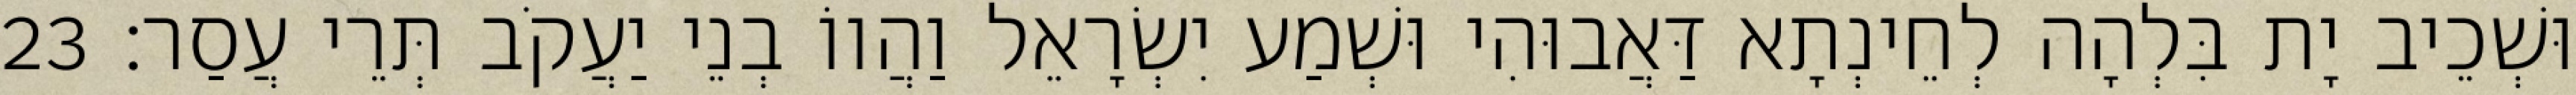
וּשְׁכֵיב יָת בִּלְהָה לְחֵינְתָא דַּאֲבוּהִי וּשְׁמַע יִשְׂרָאֵל וַהֲווֹ בְנֵי יַעֲקֹב תְּרֵי עֲסַר׃ 23